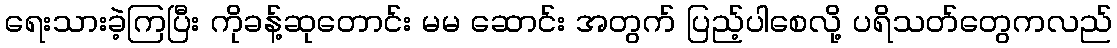
ရေးသားခဲ့ကြပြီး ကိုခန့်ဆုတောင်း မမ ဆောင်း အတွက် ပြည့်ပါစေလို့ ပရိသတ်တွေကလည်